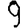
Digit: 9